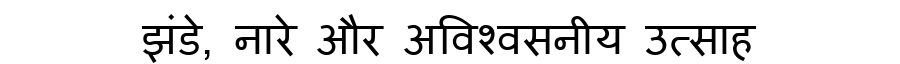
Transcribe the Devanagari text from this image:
झंडे, नारे और अविश्वसनीय उत्साह